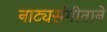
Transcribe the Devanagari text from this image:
नाट्यसंगीताने